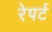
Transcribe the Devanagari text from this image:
रेपर्ट